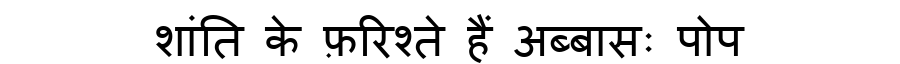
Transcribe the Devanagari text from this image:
शांति के फ़रिश्ते हैं अब्बासः पोप